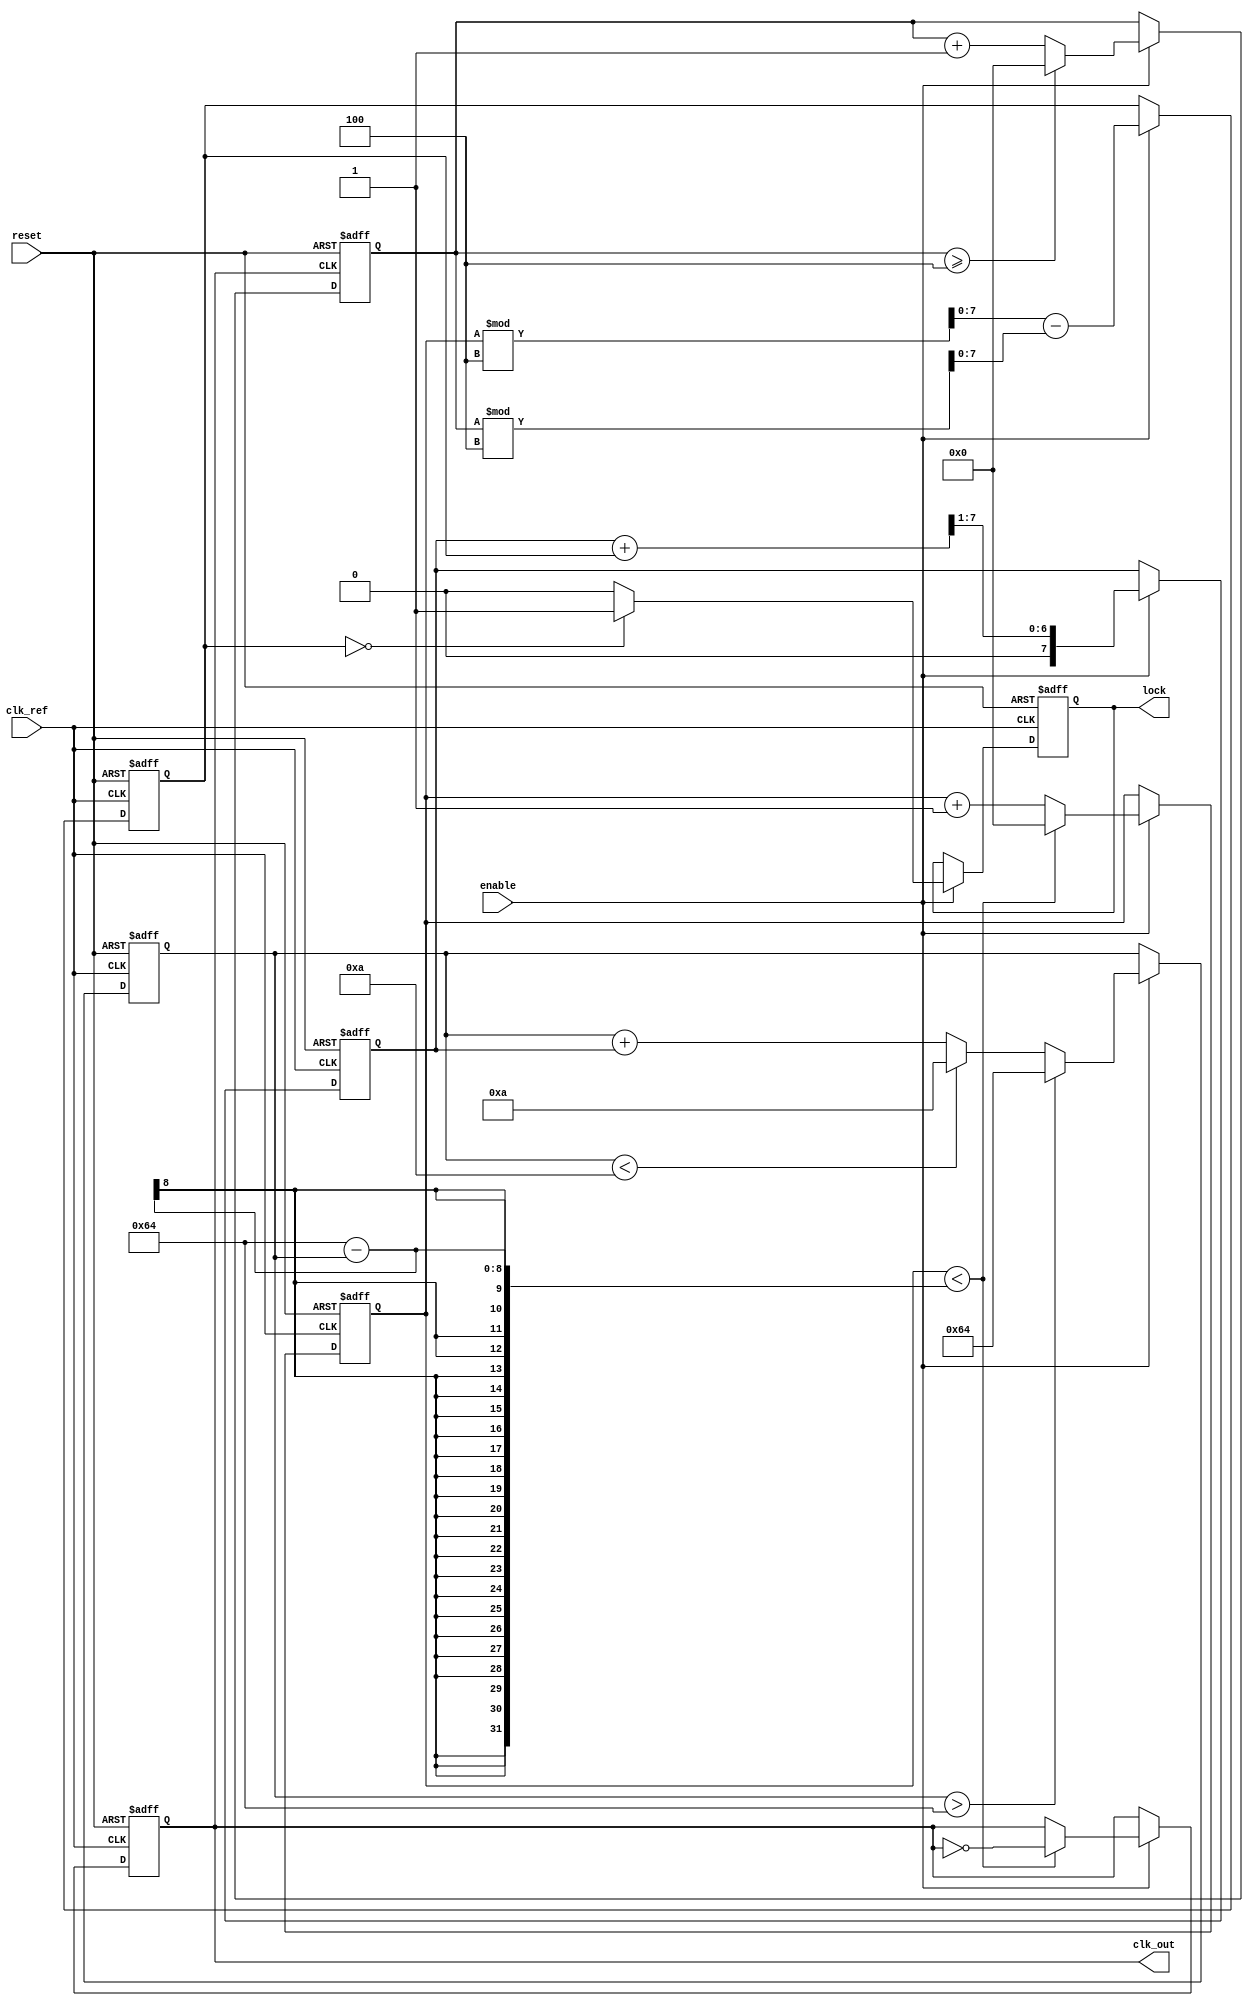
module PLL (
    input wire clk_ref,          // Reference clock input
    input wire reset,            // Reset signal
    input wire enable,           // Enable signal for PLL
    output reg clk_out,          // Output clock signal
    output reg lock              // Lock status indicator
);

    // Parameters
    parameter DIV_RATIO = 4;     // Division ratio for feedback
    parameter VCO_MAX_FREQ = 100; // Max frequency of VCO
    parameter VCO_MIN_FREQ = 10;  // Min frequency of VCO

    // Internal signals
    reg [7:0] vco_control;        // Control voltage for VCO
    reg [7:0] phase_error;        // Phase error signal
    reg [7:0] filtered_error;     // Filtered error signal
    reg [7:0] feedback_counter;   // Feedback counter for division
    reg [7:0] vco_counter;        // VCO counter

    // Phase Detector (PD)
    always @(posedge clk_ref or posedge reset) begin
        if (reset) begin
            phase_error <= 0;
        end else if (enable) begin
            // Simple phase error calculation (for illustration)
            phase_error <= (vco_counter % DIV_RATIO) - (feedback_counter % DIV_RATIO);
        end
    end

    // Low Pass Filter (LPF)
    always @(posedge clk_ref or posedge reset) begin
        if (reset) begin
            filtered_error <= 0;
        end else if (enable) begin
            // Simple LPF implementation (first-order)
            filtered_error <= (filtered_error + phase_error) >> 1; // Averaging
        end
    end

    // Voltage-Controlled Oscillator (VCO)
    always @(posedge clk_ref or posedge reset) begin
        if (reset) begin
            vco_control <= 0;
            vco_counter <= 0;
            clk_out <= 0;
            lock <= 0;
        end else if (enable) begin
            // Update VCO control voltage based on filtered error
            vco_control <= vco_control + filtered_error;

            // Clamp control voltage to VCO frequency range
            if (vco_control > VCO_MAX_FREQ) begin
                vco_control <= VCO_MAX_FREQ;
            end else if (vco_control < VCO_MIN_FREQ) begin
                vco_control <= VCO_MIN_FREQ;
            end

            // Generate output clock based on VCO control
            if (vco_counter < (VCO_MAX_FREQ - vco_control)) begin
                clk_out <= ~clk_out; // Toggle clock output
                vco_counter <= 0;
            end else begin
                vco_counter <= vco_counter + 1;
            end

            // Lock detection (simple example)
            if (phase_error == 0) begin
                lock <= 1; // Locked
            end else begin
                lock <= 0; // Not locked
            end
        end
    end

    // Feedback Divider
    always @(posedge clk_out or posedge reset) begin
        if (reset) begin
            feedback_counter <= 0;
        end else if (enable) begin
            feedback_counter <= feedback_counter + 1;
            if (feedback_counter >= DIV_RATIO) begin
                feedback_counter <= 0; // Reset feedback counter
            end
        end
    end

endmodule